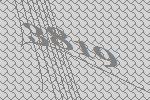
3819